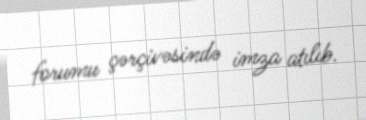
forumu çərçivəsində imza atılıb.